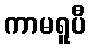
ကာမရူပီ